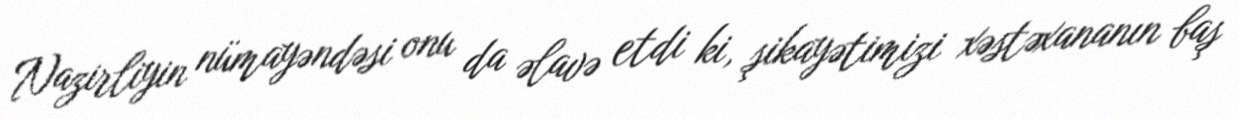
Nazirliyin nümayəndəsi onu da əlavə etdi ki, şikayətimizi xəstəxananın baş